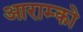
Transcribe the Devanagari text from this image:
आराम्को